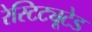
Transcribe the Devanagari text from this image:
रेस्टिट्यूटेड